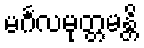
မင်္ဂလမုတ္တမန္တိ